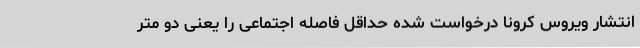
انتشار ویروس کرونا درخواست شده حداقل فاصله اجتماعی را یعنی دو متر